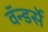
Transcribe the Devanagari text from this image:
वॅन्डर्से